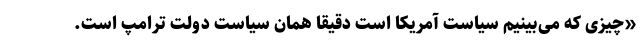
«چیزی که می‌بینیم سیاست آمریکا است دقیقا همان سیاست دولت ترامپ است.